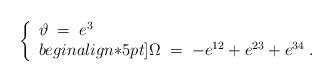
LaTeX: \begin{align*}\left\{\begin{array}{l}\vartheta \;=\;e^3\\begin{align*}5pt]\Omega\;=\;-e^{12} + e^{23} + e^{34}\;.\end{array}\right.\end{align*}